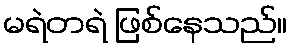
မရဲတရဲ ဖြစ်နေသည်။